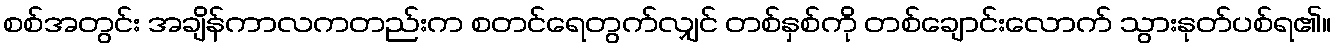
စစ်အတွင်း အချိန်ကာလကတည်းက စတင်ရေတွက်လျှင် တစ်နှစ်ကို တစ်ချောင်းလောက် သွားနုတ်ပစ်ရ၏။